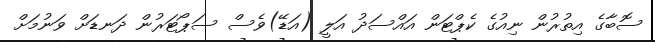
ސޮބާގެ އިތުރުން ނިއުގެ ކެޕްޓަން އައްސަދު އަލީ (އަޑޭ)ވެސް ސަޕޯޓަރުން ދަނޑަށް ވަނުމަށް